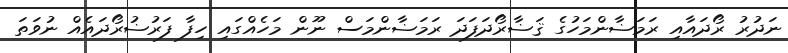
ނަދުރު ރޯދައާއި ރަމަޟާންމަހުގެ ޤަޟާރޯދަފަދަ ރަމަޟާންމަސް ނޫން މަހެއްގައި ހިފާ ފަރުޟުރޯދައެއް ނުވަތަ